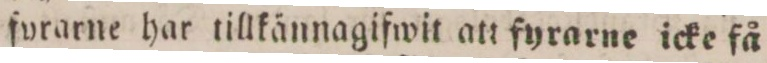
fyrarne har tillkännagifwit att fyrarne icke få